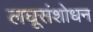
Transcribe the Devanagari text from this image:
लघूसंशोधन